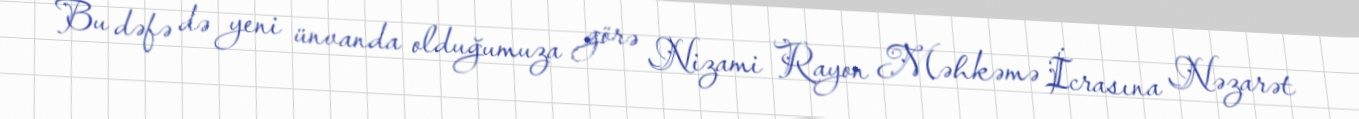
Bu dəfə də yeni ünvanda olduğumuza görə Nizami Rayon Məhkəmə İcrasına Nəzarət